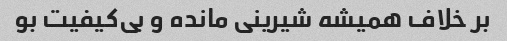
بر خلاف همیشه شیرینی مانده و بی‌کیفیت بو